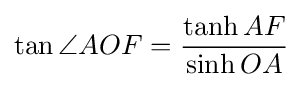
\tan \angle AOF={\frac {\tanh AF}{\sinh OA}}